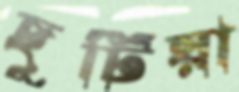
ছুটিয়া